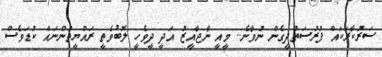
ސަރުކާރަކައް ފުރުސަތުދީގެން ނުވާނެ.. މީއީ ނާޖާއީޒު އަދީ ދީވެހީ ލޮބުވެތީ ރައްޔީތުންނައް ކުޑަވެސް